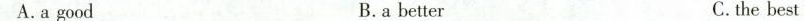
A.a good B.a better C.the best